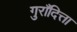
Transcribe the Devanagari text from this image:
गुराँदित्ता